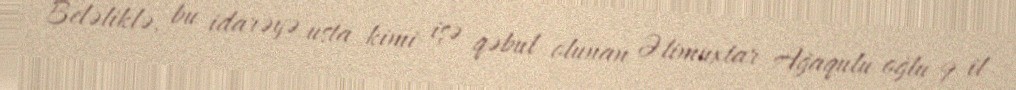
Beləliklə, bu idarəyə usta kimi işə qəbul olunan Əlimuxtar Ağaqulu oğlu 9 il